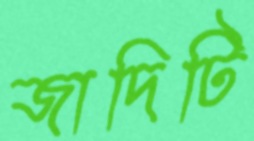
জাদিটি